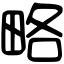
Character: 略